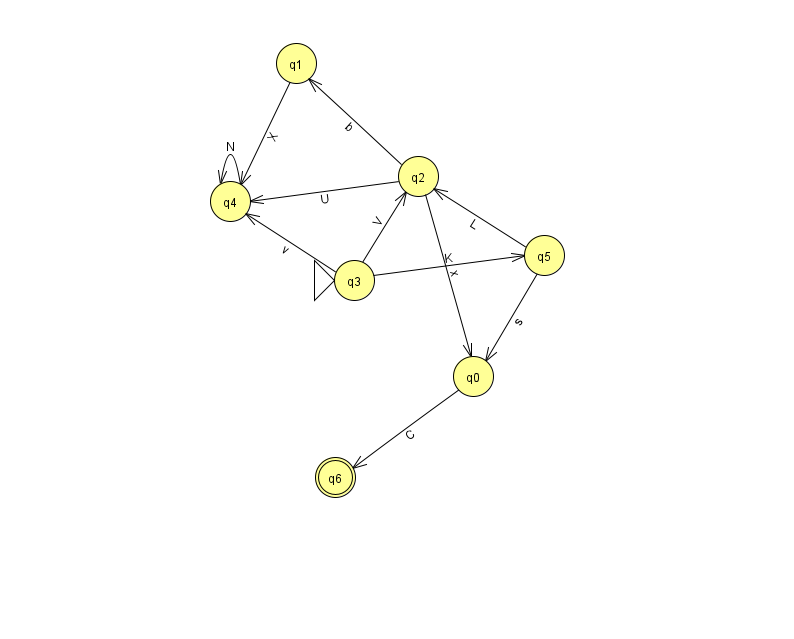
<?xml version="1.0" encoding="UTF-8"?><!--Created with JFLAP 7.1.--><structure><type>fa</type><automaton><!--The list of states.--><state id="0" name="q0"><x>473.0</x><y>363.0</y></state><state id="1" name="q1"><x>296.0</x><y>50.0</y></state><state id="2" name="q2"><x>418.0</x><y>163.0</y></state><state id="3" name="q3"><x>354.0</x><y>267.0</y><initial/></state><state id="4" name="q4"><x>230.0</x><y>188.0</y></state><state id="5" name="q5"><x>544.0</x><y>242.0</y></state><state id="6" name="q6"><x>335.0</x><y>464.0</y><final/></state><!--The list of transitions.--><transition><from>3</from><to>2</to><read>V</read></transition><transition><from>3</from><to>4</to><read>v</read></transition><transition><from>5</from><to>0</to><read>s</read></transition><transition><from>2</from><to>1</to><read>b</read></transition><transition><from>2</from><to>4</to><read>U</read></transition><transition><from>0</from><to>6</to><read>C</read></transition><transition><from>3</from><to>5</to><read>K</read></transition><transition><from>5</from><to>2</to><read>L</read></transition><transition><from>2</from><to>0</to><read>x</read></transition><transition><from>1</from><to>4</to><read>X</read></transition><transition><from>4</from><to>4</to><read>N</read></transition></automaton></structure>